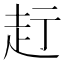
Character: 𧺗